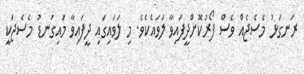
ރަނގަޅު މެސެޖެއް ވެސް ފޯރުކޮށްދީފައިވާ ލަވައެކެވެ. މި ލަވައިގައި ދީފައިވާ މައިގަނޑު މެސެޖަކީ